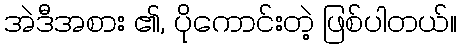
အဲဒီအစား ၏, ပိုကောင်းတဲ့ ဖြစ်ပါတယ်။